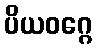
ပိယဝဂ္ဂေ